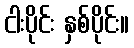
ငါးပိုင်း နှစ်ပိုင်း။